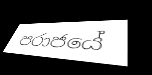
පරාජයේ